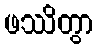
ဖဿိတွာ